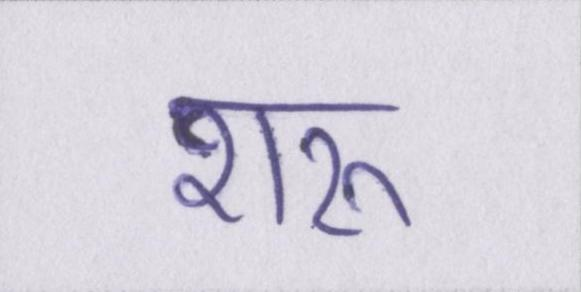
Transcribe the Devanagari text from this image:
शरू